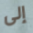
إلى